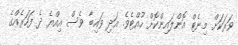
ވަރަކަށް މިނެޓް އޮންލައިންކޮށް ހުއްޓެވެ. އަދި ވައިބާ ވެސް އިއްޔެ ދެ ފަހަރެއްގެ